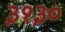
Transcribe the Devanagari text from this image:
३१३०